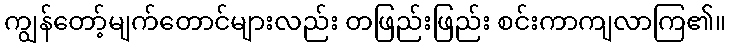
ကျွန်တော့်မျက်တောင်များလည်း တဖြည်းဖြည်း စင်းကာကျလာကြ၏။